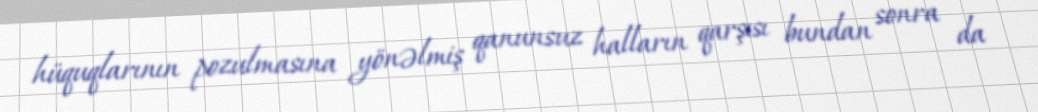
hüquqlarının pozulmasına yönəlmiş qanunsuz halların qarşısı bundan sonra da